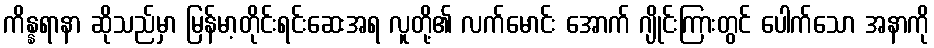
ကိန္နရာနာ ဆိုသည်မှာ မြန်မာ့တိုင်းရင်းဆေးအရ လူတို့၏ လက်မောင်း အောက် ဂျိုင်းကြားတွင် ပေါက်သော အနာကို